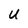
Character: U